Vaccination in Bombay 1924-1928 - 1924-1928
Year: 1924
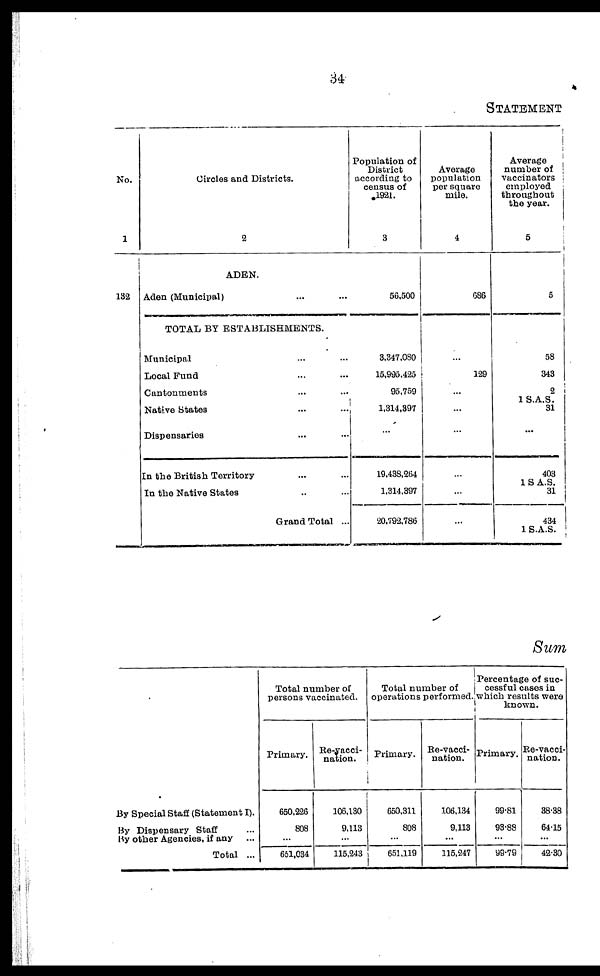
34
STATEMENT
No.
1
132
Circles and Districts.
2
ADEN.
Aden (Municipal) ... ...
TOTAL BY ESTABLISHMENTS.
Municipal ... ...
Local Fund ... ...
Cantonments ... ...
Native States ... ...
Dispensaries ... ...
In the British Territory ... ...
In the Native States ... ...
Grand Total ...
Population of
District
according to
census of
1921.
3
56,500
3,347,080
15,995,425
95,759
1,314,397
...
19,438,264
1,314,397
20,792,786
Average
population
per square
mile.
4
686
...
129
...
...
...
...
...
...
Average
number of
vaccinators
employed
throughout
the year.
5
5
58
343
2
1 S.A.S.
31
...
403
1 S A.S.
31
434
1 S.A.S.
Sum
By Special Staff (Statement I).
By Dispensary Staff ...
By other Agencies, if any ...
Total ...
Total number of
persons vaccinated.
Primary.
650,226
808
...
651,034
Re-vacci¬
nation.
106,130
9,113
...
115,243
Total number of
operations performed.
Primary.
650,311
808
...
651,119
Re-vacci-
nation.
106,134
9,113
...
115,247
Percentage of suc-
cessful cases in
which results were
known.
Primary.
99.81
93.88
...
99.79
Re-vacci-
nation.
38.38
64.15
...
42.30